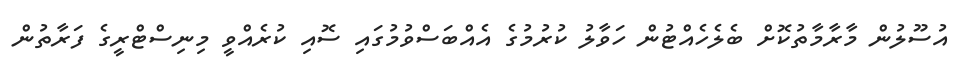
އުސޫލުން މާރާމާތުކޮށް ބެލެހެއްޓުން ހަވާލު ކުރުމުގެ އެއްބަސްވުމުގައި ސޮއި ކުރެއްވީ މިނިސްޓްރީގެ ފަރާތުން